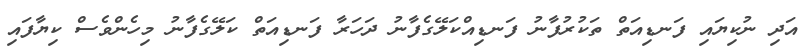
އަދި ނުކިޔައި ފަނޑިއަތް ތަކުރުފާނު ފަނޑިއްކަލޭގެފާނު ދަހަރާ ފަނޑިއަތް ކަލޭގެފާނު މިހެންވެސް ކިޔާފައި